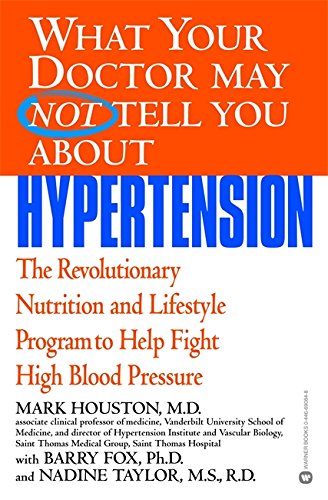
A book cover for What Your Doctor May Not Tell You About(TM): Hypertension: The Revolutionary Nutrition and Lifestyle Program to Help Fight High Blood Pressure; Mark Houston; Health, Fitness & Dieting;